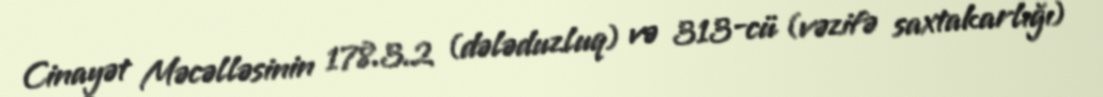
Cinayət Məcəlləsinin 178.3.2 (dələduzluq) və 313-cü (vəzifə saxtakarlığı)